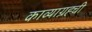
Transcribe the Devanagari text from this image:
काव्याग्रह्ची